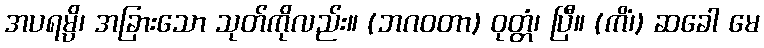
အပရမ္ပိ၊ အခြားသော သုတ်ကိုလည်း။ (ဘဂဝတာ) ဝုတ္တံ၊ ပြီ။ (ကိံ၊) ဆခေါ မေ